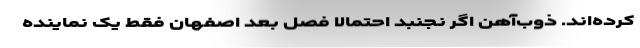
کرده‌اند. ذوب‌آهن اگر نجنبد احتمالاً فصل بعد اصفهان فقط یک نماینده